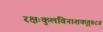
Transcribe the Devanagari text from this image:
रक्षःकुलविनाशकृत्‌॥८॥